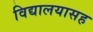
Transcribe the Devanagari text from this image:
विद्यालयासह